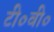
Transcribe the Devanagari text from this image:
टी०वी०